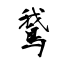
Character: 鵞